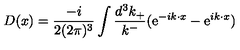
D ( x ) = \frac { - i } { 2 ( 2 { \pi } ) ^ { 3 } } \int \frac { d ^ { 3 } k _ { + } } { k ^ { - } } ( \mathrm { e } ^ { - i k \cdot x } - \mathrm { e } ^ { i k \cdot x } )